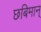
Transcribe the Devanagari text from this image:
छबिमान्